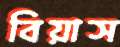
বিয়াস